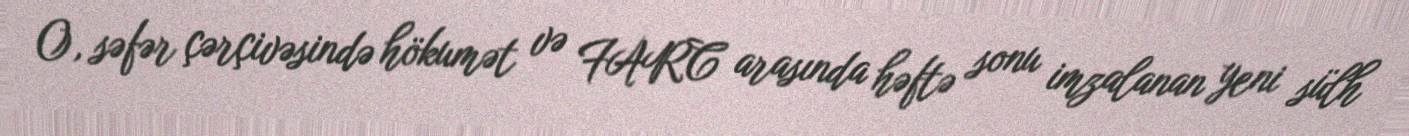
O, səfər çərçivəsində hökumət və FARC arasında həftə sonu imzalanan yeni sülh